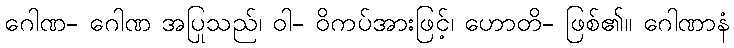
ဂေါဏ- ဂေါဏ အပြုသည်၊ ဝါ- ဝိကပ်အားဖြင့်၊ ဟောတိ- ဖြစ်၏။ ဂေါဏာနံ